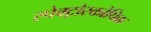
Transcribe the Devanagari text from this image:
स्पेक्ट्रोस्कोपिक